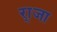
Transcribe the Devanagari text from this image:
रा्जा